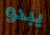
يبدو